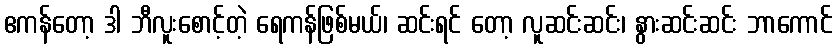
ဧကန်တော့ ဒါ ဘီလူးစောင့်တဲ့ ရေကန်ဖြစ်မယ်၊ ဆင်းရင် တော့ လူဆင်းဆင်း၊ နွားဆင်းဆင်း ဘာကောင်